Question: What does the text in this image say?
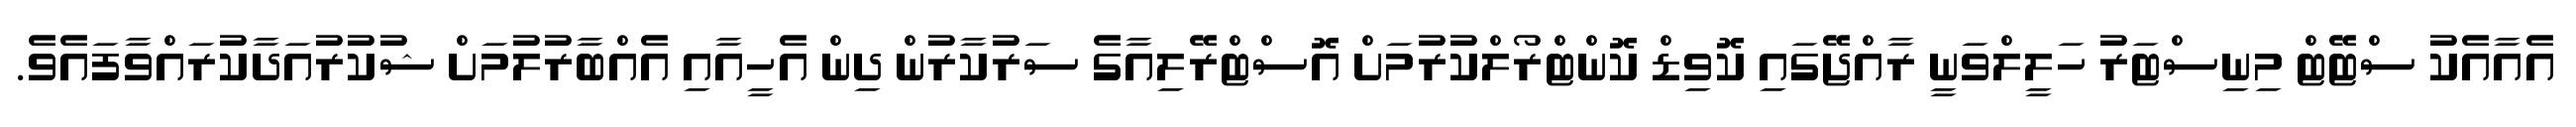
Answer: އެއާއެކު ސްޓޭޓް މިނިސްޓަރު ހަލީލްވަނީ ރާއްޖޭގައި ކޮވިޑް ކޮންޓްރޯލްކުރުމަށް އޮސްޓްރޭލިއާގެ ސަރުކާރުން ދިން އެހީއާއި އެއްބާރުލުމަށް ޝުކުރުއަދާކުރައްވާފައެވެ.